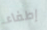
إطفاء